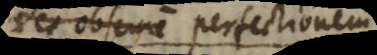
res obscure perfectionem